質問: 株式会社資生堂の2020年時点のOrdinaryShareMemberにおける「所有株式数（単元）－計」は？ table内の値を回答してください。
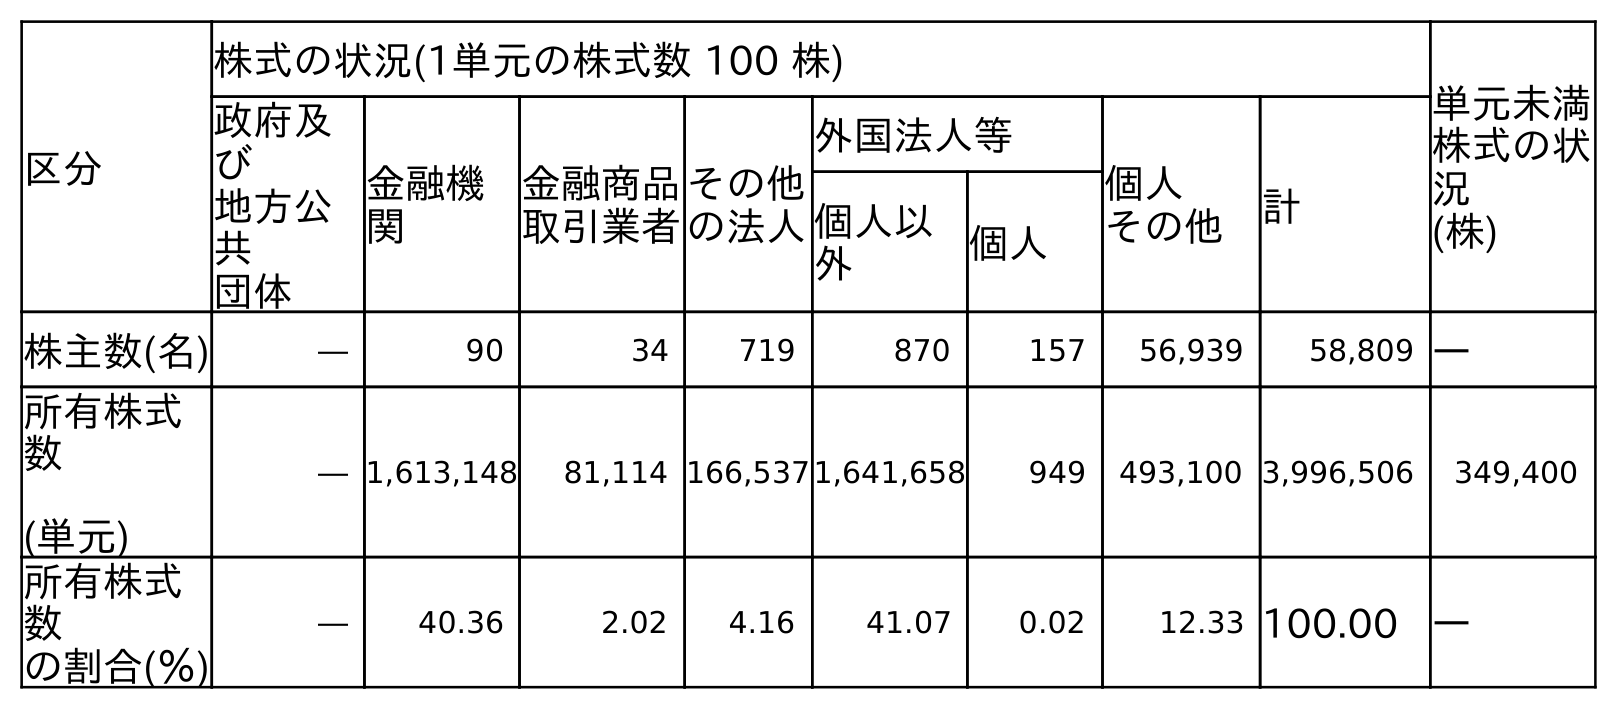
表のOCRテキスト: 区分 株式の状況(1単元の株式数 100 株) 単元未満 株式の状 況 (株) 政府及 び 地方公 共 団体 金融機 関 金融商品 取引業者 その他 の法人 外国法人等 個人 その他 計 個人以 外 個人 株主数(名) ― 90 34 719 870 157 56,939 58,809 ― 所有株式 数 (単元) ― 1,613,148 81,114 166,5371,641,658 949 493,100 3,996,506 349,400 所有株式 数 の割合(％) ― 40.36 2.02 4.16 41.07 0.02 12.33 100.00 ―
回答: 3,996,506